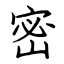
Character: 密